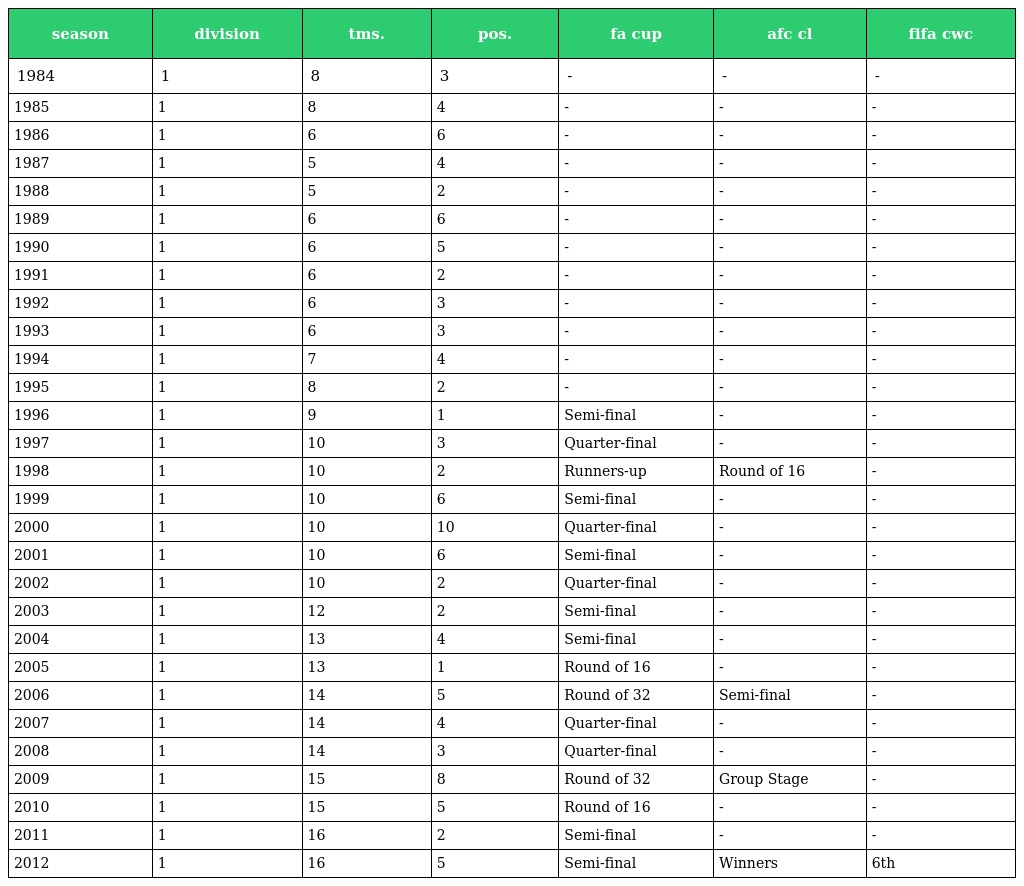
| season | division | tms. | pos. | fa cup | afc cl | fifa cwc |
 | --- | --- | --- | --- | --- | --- | --- |
 | 1984 | 1 | 8 | 3 | - | - | - |
 | 1985 | 1 | 8 | 4 | - | - | - |
 | 1986 | 1 | 6 | 6 | - | - | - |
 | 1987 | 1 | 5 | 4 | - | - | - |
 | 1988 | 1 | 5 | 2 | - | - | - |
 | 1989 | 1 | 6 | 6 | - | - | - |
 | 1990 | 1 | 6 | 5 | - | - | - |
 | 1991 | 1 | 6 | 2 | - | - | - |
 | 1992 | 1 | 6 | 3 | - | - | - |
 | 1993 | 1 | 6 | 3 | - | - | - |
 | 1994 | 1 | 7 | 4 | - | - | - |
 | 1995 | 1 | 8 | 2 | - | - | - |
 | 1996 | 1 | 9 | 1 | Semi-final | - | - |
 | 1997 | 1 | 10 | 3 | Quarter-final | - | - |
 | 1998 | 1 | 10 | 2 | Runners-up | Round of 16 | - |
 | 1999 | 1 | 10 | 6 | Semi-final | - | - |
 | 2000 | 1 | 10 | 10 | Quarter-final | - | - |
 | 2001 | 1 | 10 | 6 | Semi-final | - | - |
 | 2002 | 1 | 10 | 2 | Quarter-final | - | - |
 | 2003 | 1 | 12 | 2 | Semi-final | - | - |
 | 2004 | 1 | 13 | 4 | Semi-final | - | - |
 | 2005 | 1 | 13 | 1 | Round of 16 | - | - |
 | 2006 | 1 | 14 | 5 | Round of 32 | Semi-final | - |
 | 2007 | 1 | 14 | 4 | Quarter-final | - | - |
 | 2008 | 1 | 14 | 3 | Quarter-final | - | - |
 | 2009 | 1 | 15 | 8 | Round of 32 | Group Stage | - |
 | 2010 | 1 | 15 | 5 | Round of 16 | - | - |
 | 2011 | 1 | 16 | 2 | Semi-final | - | - |
 | 2012 | 1 | 16 | 5 | Semi-final | Winners | 6th |